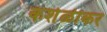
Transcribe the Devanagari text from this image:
कशेळीकर